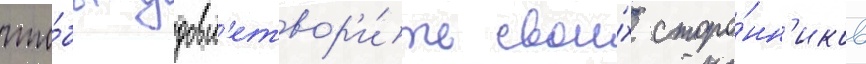
что́бы удовл'етвор'и́ть свои́х сторо́нн'иков